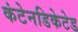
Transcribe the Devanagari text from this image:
कंटेनडिकेटेड